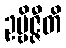
ဥဗ္ဗိဇ္ဇီတိ